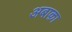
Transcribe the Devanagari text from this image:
अबाक़ा